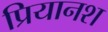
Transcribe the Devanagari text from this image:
प्रियानश